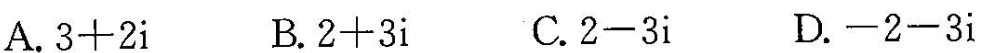
A.$$3 + 2 i$$ B.$$2 + 3 i$$ C.$$2 - 3 i$$ D.$$- 2 - 3 i$$